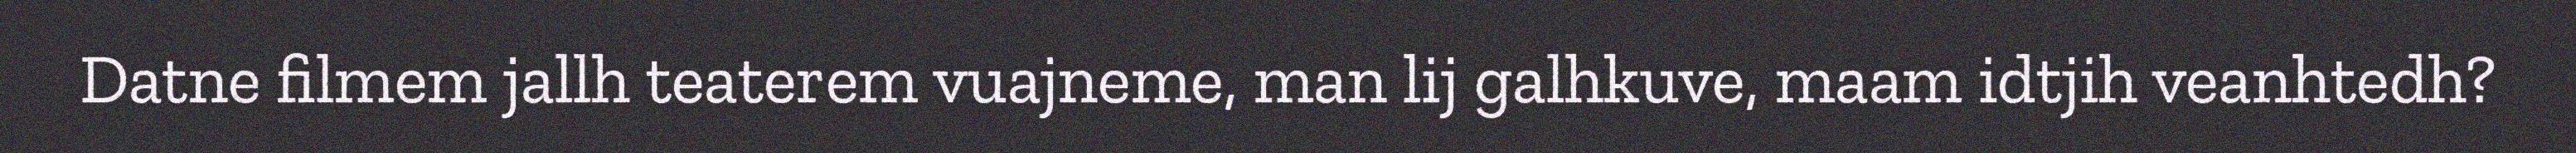
Datne filmem jallh teaterem vuajneme, man lij galhkuve, maam idtjih veanhtedh?